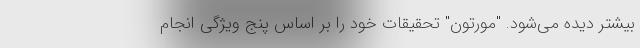
بیشتر دیده می‌شود. "مورتون" تحقیقات خود را بر اساس پنج ویژگی انجام